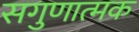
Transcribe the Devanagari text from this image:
सगुणात्मक